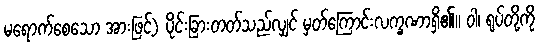
မရောက်စေသော အားဖြင့်) ပိုင်းခြားတတ်သည်လျှင် မှတ်ကြောင်းလက္ခဏာရှိ၏။ ဝါ၊ ရုပ်တို့ကို